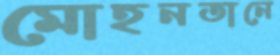
মোহনতানে